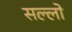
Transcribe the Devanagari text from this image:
सल्लो